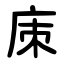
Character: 㢀